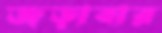
জড়াবার